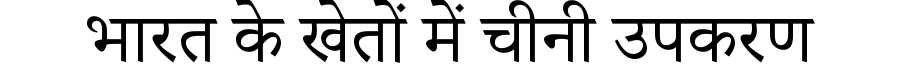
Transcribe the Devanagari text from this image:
भारत के खेतों में चीनी उपकरण